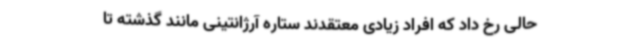
حالی رخ داد که افراد زیادی معتقدند ستاره آرژانتینی مانند گذشته تا